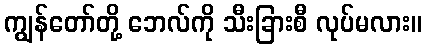
ကျွန်တော်တို့ ဘေလ်ကို သီးခြားစီ လုပ်မလား။